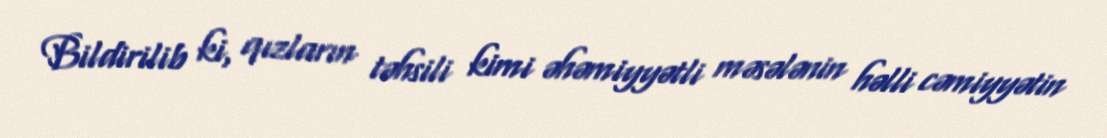
Bildirilib ki, qızların təhsili kimi əhəmiyyətli məsələnin həlli cəmiyyətin